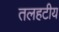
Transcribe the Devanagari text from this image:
तलहटीय